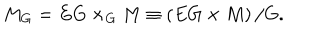
LaTeX: M _ { G } = E G \times _ { G } M \equiv \left( E G \times M \right) / G .